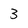
Character: 3